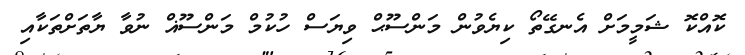
ކޮއްކޮ ޝަމީމަށް އެނގޭތޯ ކިޔެވުން މަންސޫޙް ވިޔަސް ހުކުމް މަންސޫޣް ނުވާ ޔާތަށްތަކާއި